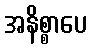
အနိစ္စာပေ